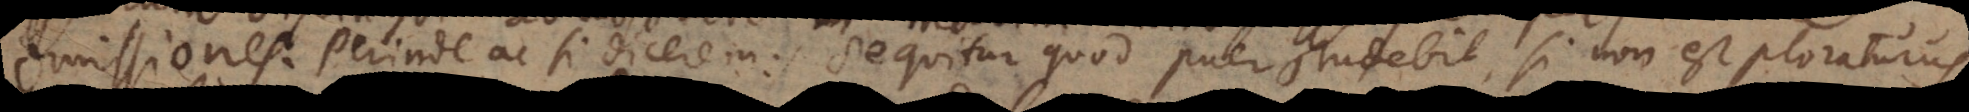
omissiones. Perinde ac si dicerem: Sequitur quod puer studebit, si non est ploraturus.